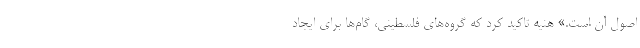
اصول آن است.» هنیه تاکید کرد که گروه‌های فلسطینی، گام‌ها برای ایجاد